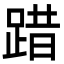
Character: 踖